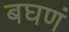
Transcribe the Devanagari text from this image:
बघणं